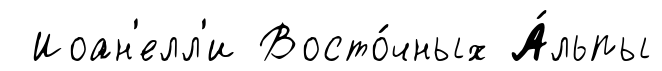
Иоан'елл'и Восто́чных А́льпы